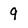
Character: 9